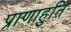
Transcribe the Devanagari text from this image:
प्राणाहुति